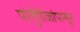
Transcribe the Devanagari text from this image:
पोर्तुगीजांपासून